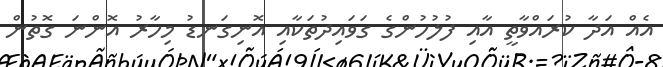
އެއް އަދާ ކުރައްވާތީ އާއި ފުލުހުންގެ ގަވައިދުތަކާއި އޮނިގަނޑު މިހާރު އޮންނަ ގޮތުން